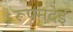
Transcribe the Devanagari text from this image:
रूपनदेई